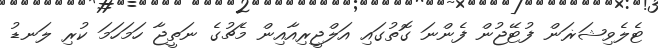
ޓެލެވިޝަޜަން ފުޓޭޖުން ފެންނަ ގޮތުގައި އަލްޖީރިއާއިން މެޗުގެ ނަތީޖާ ހަމަހަމަ ކުރި ލަނޑު